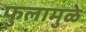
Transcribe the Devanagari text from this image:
फुलामुळे